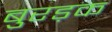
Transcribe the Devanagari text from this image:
बुरड़क